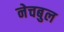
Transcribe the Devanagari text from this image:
नेचबुल